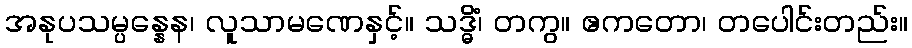
အနုပသမ္ပန္နေန၊ လူသာမဏေနှင့်။ သဒ္ဓိံ၊ တကွ။ ဧကတော၊ တပေါင်းတည်း။